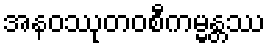
အနဝဿုတဝစီကမ္မန္တဿ